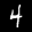
Label: 4